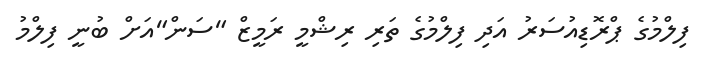
ފިލްމުގެ ޕްރޮޑިއުސަރު އަދި ފިލްމުގެ ތަރި ރިޝްމީ ރަމީޒް "ސަން"އަށް ބުނީ ފިލްމު